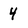
Character: 4